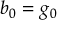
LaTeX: b _ { 0 } = g _ { 0 }